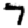
Digit: 7